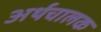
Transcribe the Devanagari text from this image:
अर्थचालक